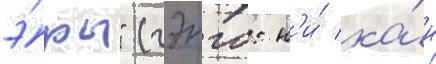
э́ры" (гэнго: н'и́ ка́н